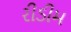
રીડીમ